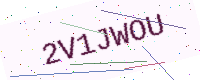
Text: 2V1JWOU